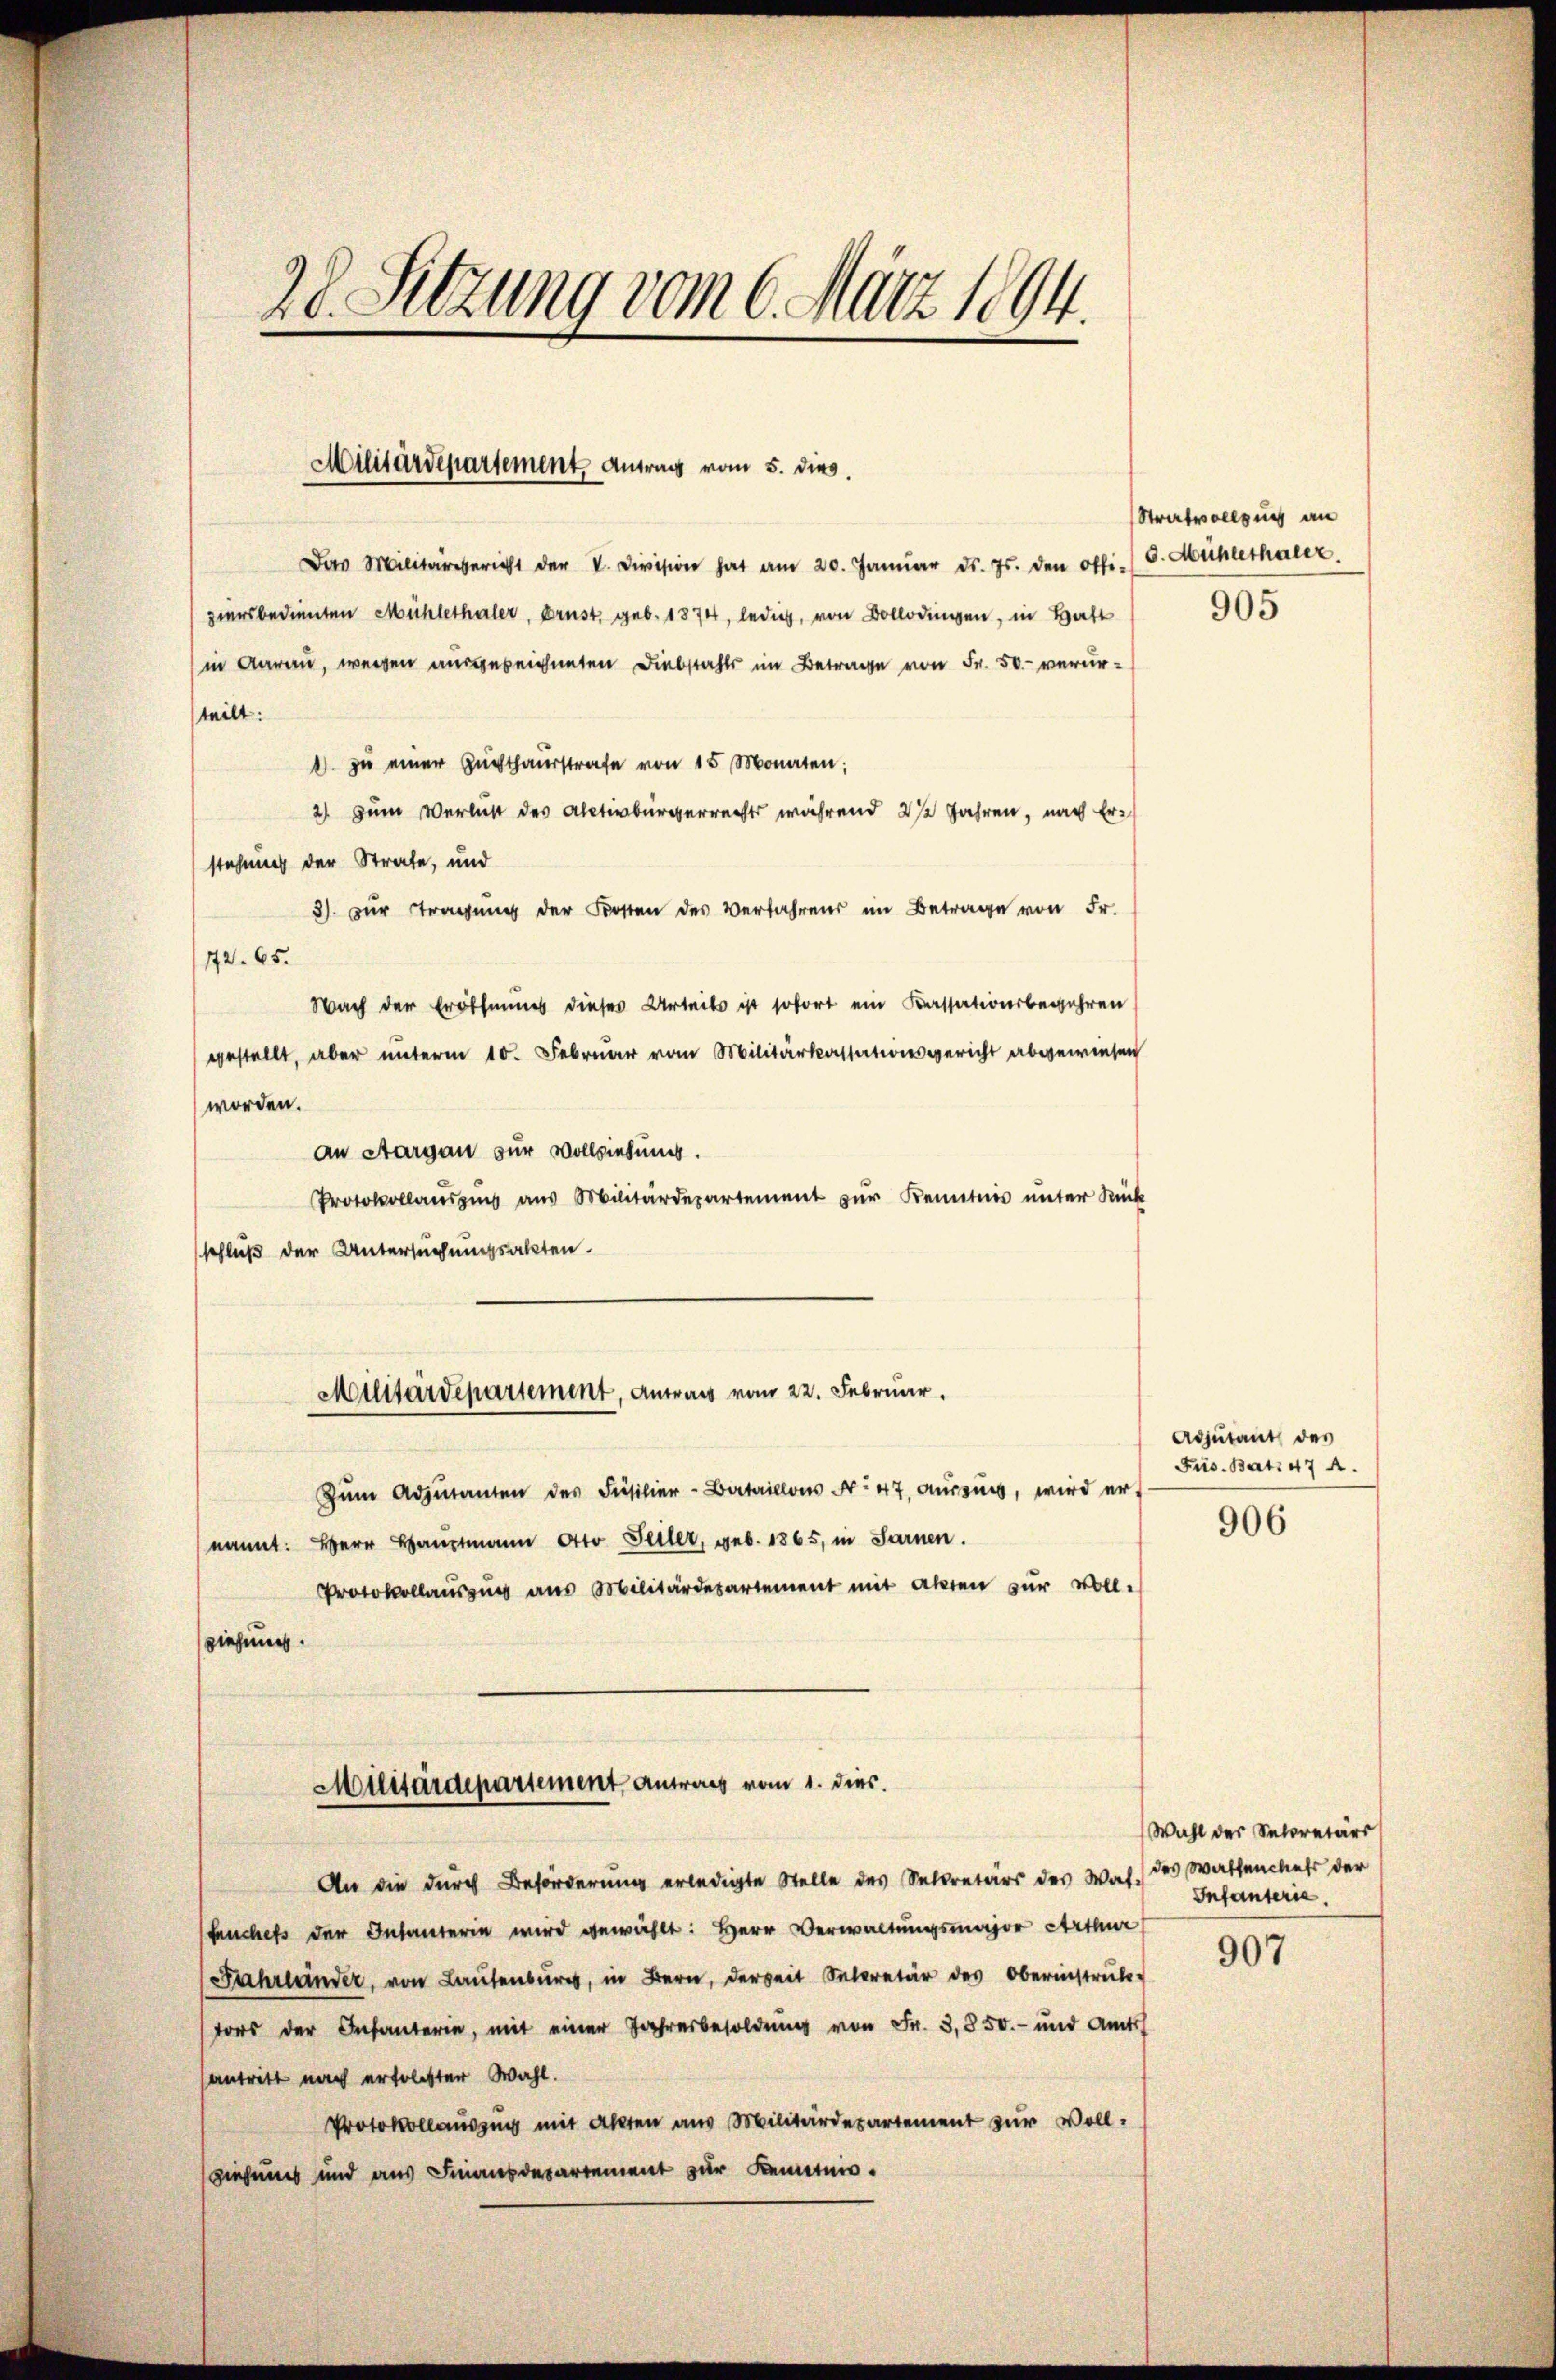
Das Militärgericht der V. Division hat am 20. Janŭar d. Js. den offi. (l. Mühlethaler.
ziersbedienten Mühlethaler, Brust, geb. 1874, ledig, von Bollingen, in Haft
in Aarau, wegen ausgezeichneten Diebstahls im Betrage von Fr. 50.- verurteilt:
 zŭ einer Zuchthaŭsstrafe von 15 Monaten;
2) zum Verlust des Activbürgerrechts während 21 Jahren, nach Erstehung der Strafe, und
3) zur Tragung der Kosten des Verfahrens im Betrage von Fr.
172. 65.
Nach der Eröthenes dieses Urteils ist sofort ein Kassationsbegehren
gestellt, aber unterm 10. Februar vom Militärkassationsgericht abgewiesen
worden.
an Aargau zur Vollziehung.
Protokollausis aus Militärdepartement zŭr Kenntnis ŭnter Rück
schluß der Untersuchungsakten.
Militärdepartement, Antrag vom 22. Februar.
Zŭm Adjutanten des Füsilier-Bataillons Nr. 47, auszug, wird er
nannt: Herr Hauptmann Otto Teiler, geb. 1865, in Sarnen.
Protokollauszug aus Militärdepartement mit Akten zur voll-
ziehung.

28. Sitzung vom 6. März 1894.

Militärdepartement Antrag vom 5. dies.

Militärdepartement Antrags vom 1. dies.

An die durch Beförderung erledigte Stelle des Sekretärs des Was des Wattenchefs der
Feuches der Infanterin wird gewählt: Herr Verwaltungsmajor Arthur
Fahrländer, von Laŭtenburg, in Bern, derseit Secretär des Oberinstrŭk-
tors der Infanterie, mit einer Jahresbesoldung von Fr. 3,850.- und Amts
antritt nach erfolgter Wahl.
Protokollauszug mit Akten aus Militärdepartement zur Vollziehungs und aus Finanzdepartement zur Kenntnis.

Strafvollzug an
905

Adjutant des
Frs. Bat. 47 A.

906

Wahl der Secretärs
Infanteria

907